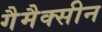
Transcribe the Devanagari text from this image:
गैमैक्सीन